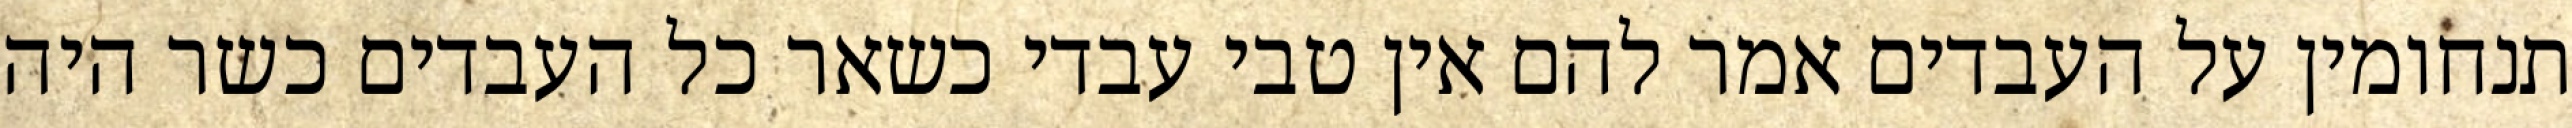
תנחומין על העבדים אמר להם אין טבי עבדי כשאר כל העבדים כשר היה